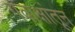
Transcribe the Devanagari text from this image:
गवाक्षांतून